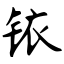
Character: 铱